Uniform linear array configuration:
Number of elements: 64
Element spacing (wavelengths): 0.5
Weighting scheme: uniform
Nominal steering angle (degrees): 60
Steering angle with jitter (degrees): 58.375
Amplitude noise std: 0.05
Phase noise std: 0.05

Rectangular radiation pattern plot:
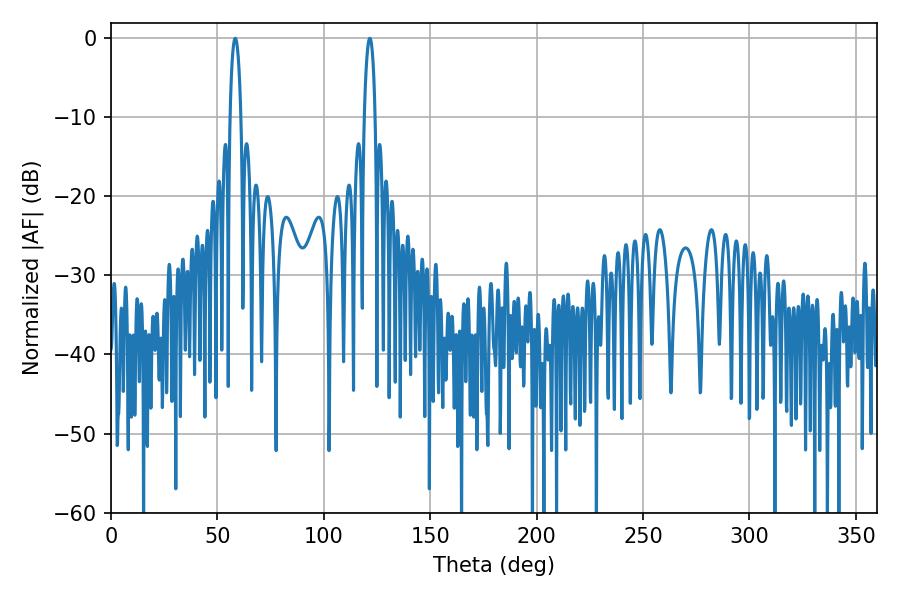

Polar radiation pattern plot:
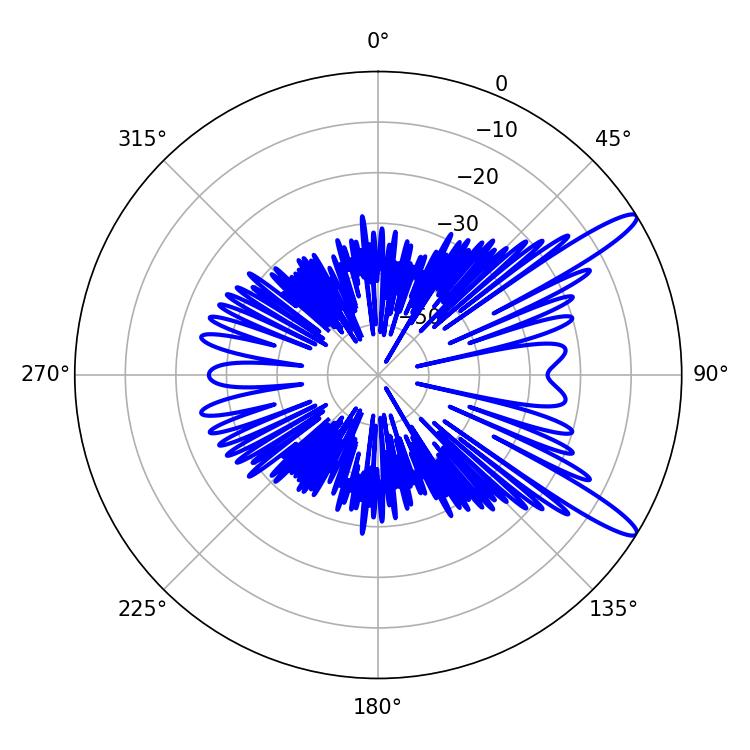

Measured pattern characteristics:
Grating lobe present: FALSE
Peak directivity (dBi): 13.004
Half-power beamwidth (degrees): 2.7
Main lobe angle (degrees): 58.32